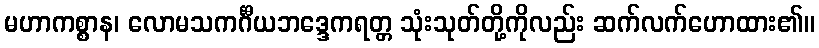
မဟာကစ္စာန၊ လောမသကင်္ဂီယဘဒ္ဒေကရတ္တ သုံးသုတ်တို့ကိုလည်း ဆက်လက်ဟောထား၏။